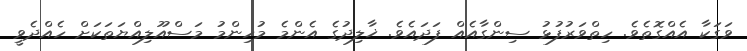
ވަގަކާ އެއްގޮތެވެ. ހިތްވަރުފުޅު ސިންގާއެއް ފަދައެވެ. ޚާލިދުގެ އެންމެ މުހިންމު މަސްއޫލިއްޔަތަކަށް ހެއްދެވީ